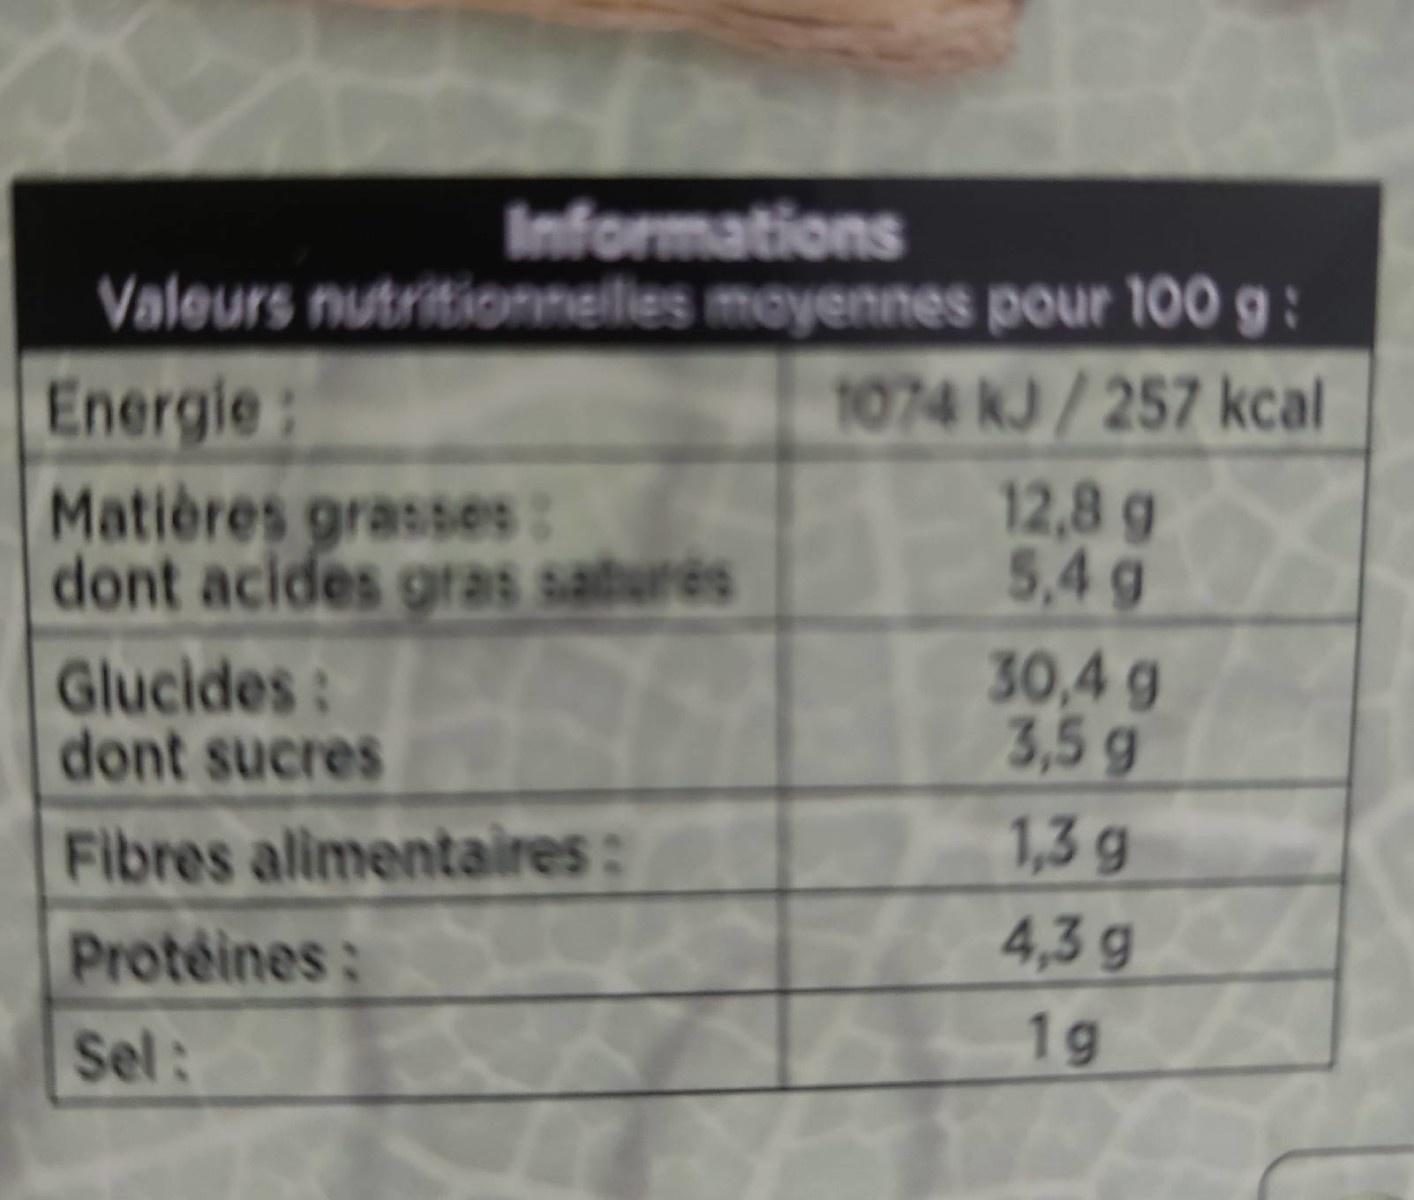
Informations Valeurs nutritionnelles mayennes pour 100 g :
Energie:
1074 KJ/257 kcal
Matières grasses: dont acides gras saburės
12,8g 5,4 g
Glucides: dont sucres
30,4g 3,5 g 1,3 g
Fibres alimentaires:
Protéines:
4,3 g
Sel:
1g